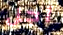
آجل